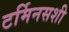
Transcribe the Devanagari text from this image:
टर्मिनसशी